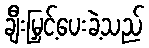
ချီးမြှင့်ပေးခဲ့သည်